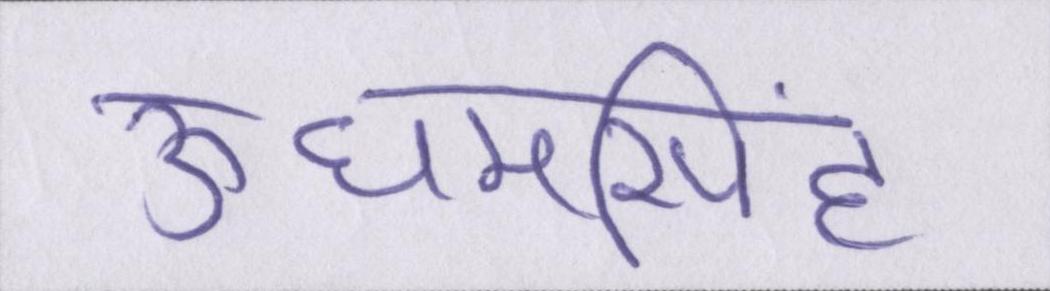
ऊधमसिंह